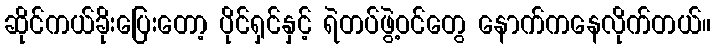
ဆိုင်ကယ်ခိုးပြေးတော့ ပိုင်ရှင်နှင့် ရဲတပ်ဖွဲ့ဝင်တွေ နောက်ကနေလိုက်တယ်။